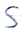
Text: S